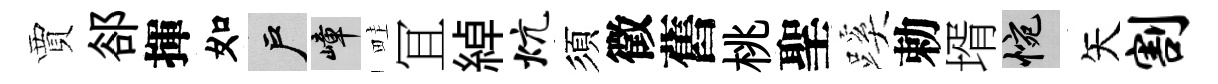
賈郤揮如户嶂畦冝綽炕須徵舊桃聖蹊勅壻惋矢割